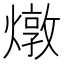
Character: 燉